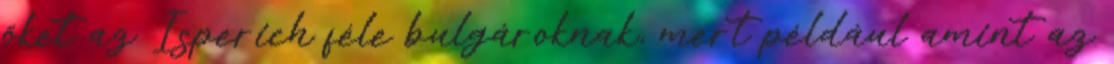
őket az Isperich féle bulgároknak, mert például amint az